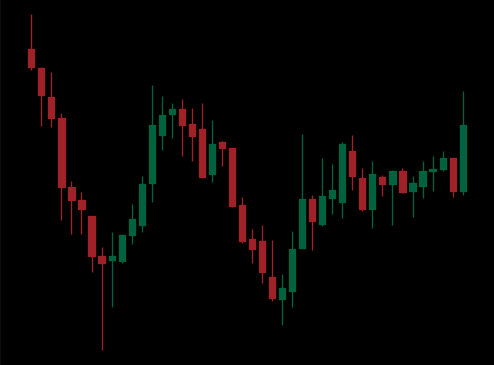
Pattern: inverse_head_shoulders